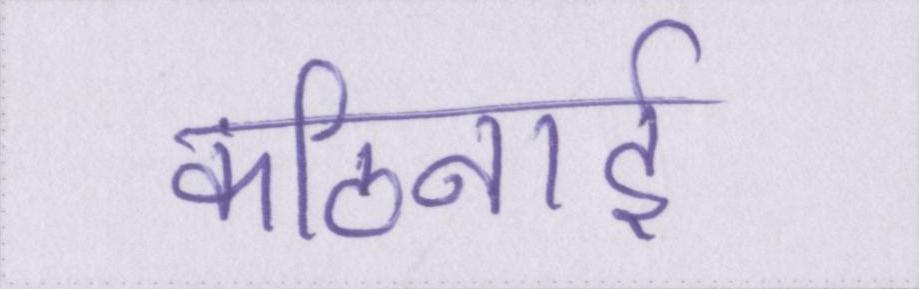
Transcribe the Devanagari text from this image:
कठिनाई